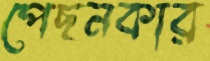
পেছনকার